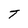
Character: T